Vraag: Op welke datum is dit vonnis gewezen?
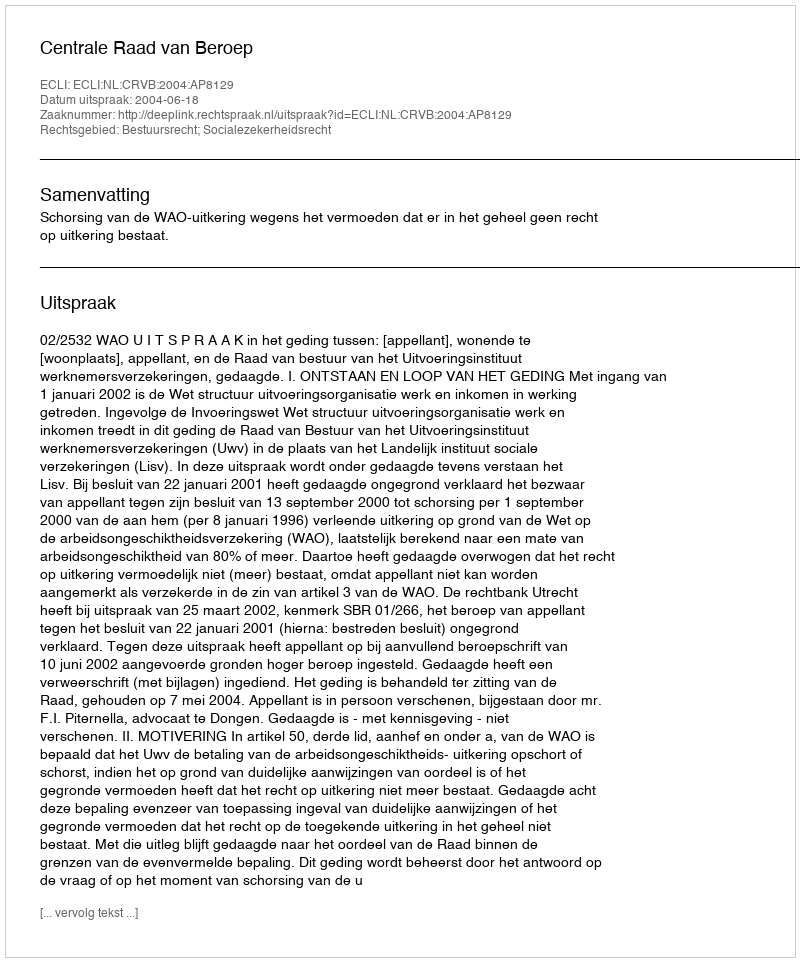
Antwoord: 2004-06-18